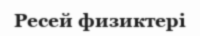
Ресей физиктері